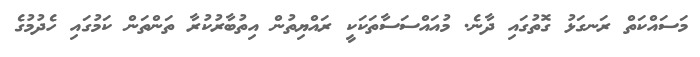
މަސައްކަތް ރަނގަޅު ގޮތުގައި ދާނެ. މުއައްސަސާތަކަކީ ރައްޔިތުން އިތުބާރުކުރާ ތަންތަން ކަމުގައި ހެދުމުގެ